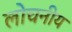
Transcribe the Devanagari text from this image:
लोचनीय